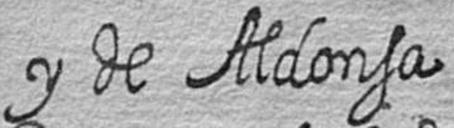
y de Aldonsa